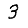
Digit: 3